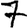
Digit: 7